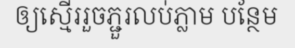
ឲ្យស្មើររួចភ្ជួរលប់ភ្លាម បន្ថែម